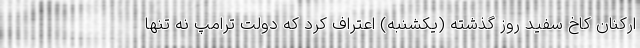
ارکنان کاخ سفید روز گذشته (یکشنبه) اعتراف کرد که دولت ترامپ نه تنها